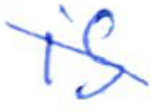
Text: is
Cross-out: diagonal
Writing tool: ballpoint